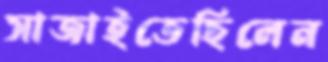
সাজাইতেছিলেন